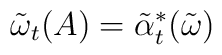
\tilde{\omega}_{t}(A)=\tilde{\alpha}_{t}^{*}(\tilde{\omega})